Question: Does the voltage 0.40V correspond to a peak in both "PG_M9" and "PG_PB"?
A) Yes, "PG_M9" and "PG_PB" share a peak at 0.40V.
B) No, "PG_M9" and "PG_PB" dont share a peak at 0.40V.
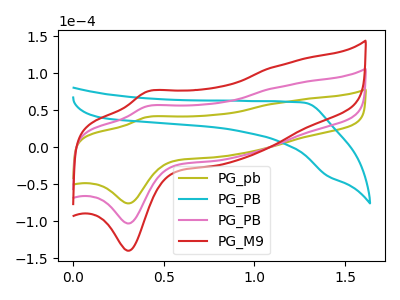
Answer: <think>The olive curve "PG_pb" has an anodic peak at (0.40V, 40.70uA) and a cathodic peak at (0.30V, -76.00uA). The cyan curve "PG_PB" has no peaks. The pink curve "PG_PB" has an anodic peak at (0.40V, 55.25uA) and a cathodic peak at (0.30V, -103.15uA). The red curve "PG_M9" has an anodic peak at (0.40V, 110.50uA) and a cathodic peak at (0.30V, -206.35uA).</think>
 <answer>A) Yes, "PG_M9" and "PG_PB" share a peak at 0.40V.</answer>
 <eval>A</eval>